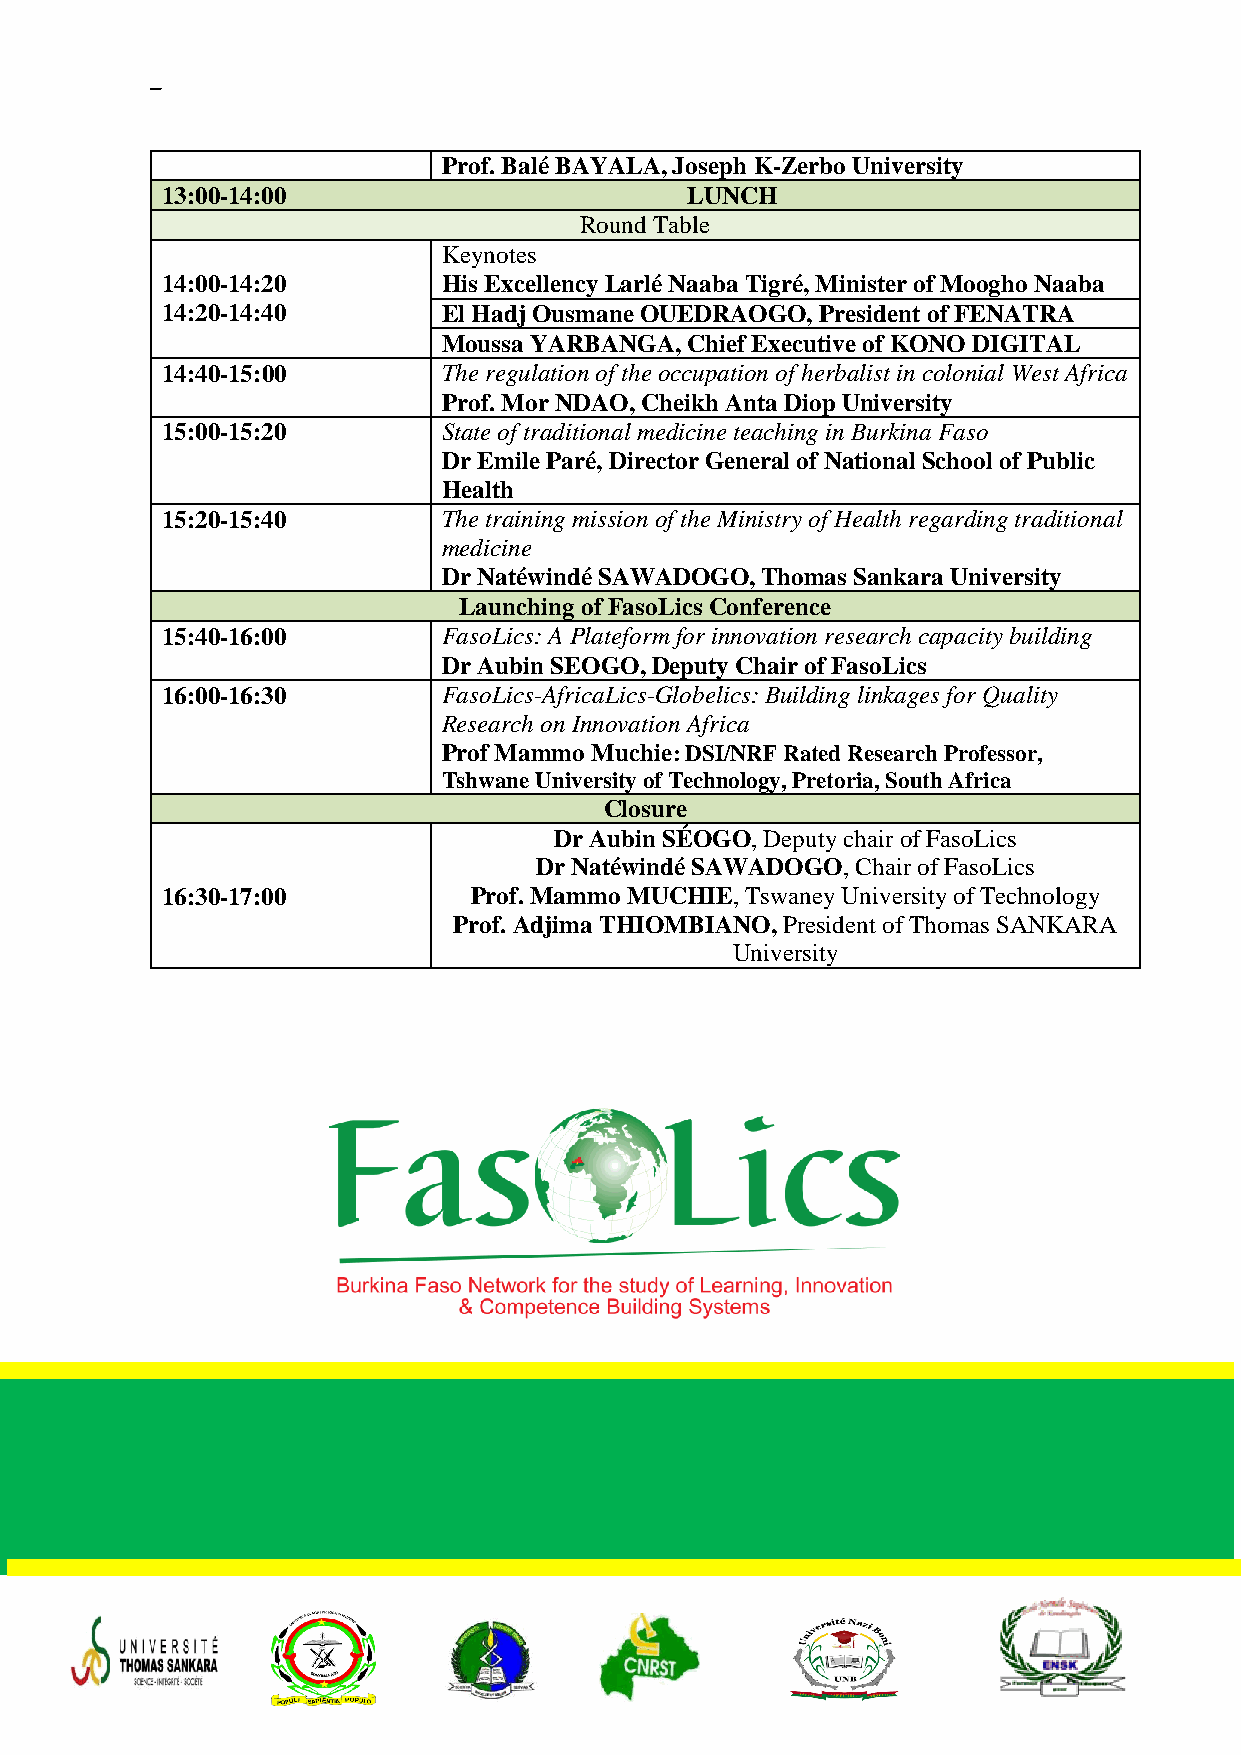
–
 Prof. Balé BAYALA, Joseph K-Zerbo University
 13:00-14:00                       LUNCH
 Round Table
 Keynotes
 14:00-14:20       His Excellency Larlé Naaba Tigré, Minister of Moogho Naaba
 14:20-14:40       El Hadj Ousmane OUEDRAOGO, President of FENATRA
 Moussa YARBANGA, Chief Executive of KONO DIGITAL
 14:40-15:00       The regulation of the occupation of herbalist in colonial West Africa
 Prof. Mor NDAO, Cheikh Anta Diop University
 15:00-15:20       State of traditional medicine teaching in Burkina Faso
 Dr Emile Paré, Director General of National School of Public
 Health
 15:20-15:40       The training mission of the Ministry of Health regarding traditional
 medicine
 Dr Natéwindé SAWADOGO, Thomas Sankara University
 Launching of FasoLics Conference
 15:40-16:00       FasoLics: A Plateform for innovation research capacity building
 Dr Aubin SEOGO, Deputy Chair of FasoLics
 16:00-16:30       FasoLics-AfricaLics-Globelics: Building linkages for Quality
 Research on Innovation Africa
 Prof Mammo Muchie: DSI/NRF Rated Research Professor,
 Tshwane University of Technology, Pretoria, South Africa
 Closure
 Dr Aubin SÉOGO, Deputy chair of FasoLics
 Dr Natéwindé SAWADOGO, Chair of FasoLics
 16:30-17:00         Prof. Mammo MUCHIE, Tswaney University of Technology
 Prof. Adjima THIOMBIANO, President of Thomas SANKARA
 University